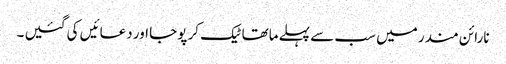
نارائن مندر میں سب سے پہلے ماتھا ٹیک کر پوجا اور دعائیں کی گئیں ۔